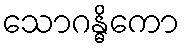
သောဂန္ဓိကော